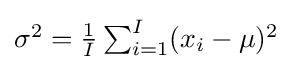
{\textstyle \sigma ^{2}={\frac {1}{I}}\sum _{i=1}^{I}(x_{i}-\mu )^{2}}